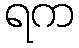
ရက